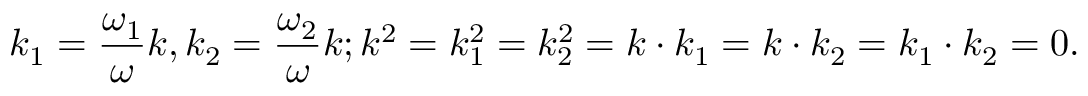
k _ { 1 } = { \frac { \omega _ { 1 } } { \omega } } k , k _ { 2 } = { \frac { \omega _ { 2 } } { \omega } } k ; k ^ { 2 } = k _ { 1 } ^ { 2 } = k _ { 2 } ^ { 2 } = k \cdot k _ { 1 } = k \cdot k _ { 2 } = k _ { 1 } \cdot k _ { 2 } = 0 .